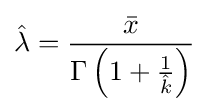
{\hat {\lambda }}={\frac {\bar {x}}{\Gamma \left(1+{\frac {1}{\hat {k}}}\right)}}